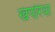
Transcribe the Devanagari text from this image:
खंपरिया